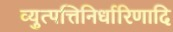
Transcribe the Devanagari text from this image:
व्युत्पत्तिनिर्धारिणादि